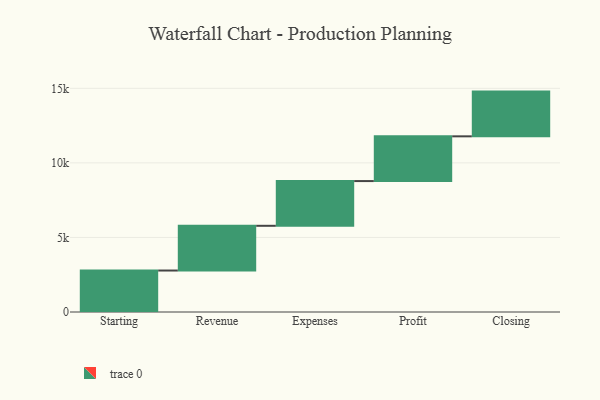
{"axis": {"x": "Step", "y": "Value"}, "legend": [""], "data": [{"x": "Starting", "y": 2781.0, "type": ""}, {"x": "Revenue", "y": 3000, "type": ""}, {"x": "Expenses", "y": 3000, "type": ""}, {"x": "Profit", "y": 3000, "type": ""}, {"x": "Closing", "y": 3000, "type": ""}]}